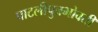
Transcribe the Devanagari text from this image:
पाटलीपुत्रभोवती